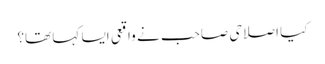
کیا اصلاحی صاحب نے واقعی ایسا کہا تھا؟